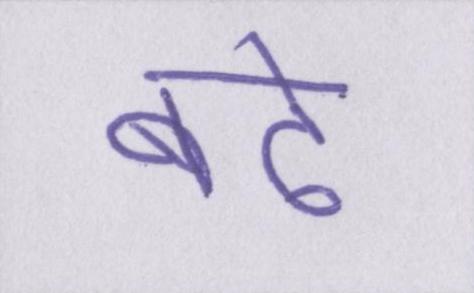
बढ़े